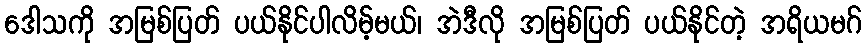
ဒေါသကို အမြစ်ပြတ် ပယ်နိုင်ပါလိမ့်မယ်၊ အဲဒီလို အမြစ်ပြတ် ပယ်နိုင်တဲ့ အရိယမဂ်